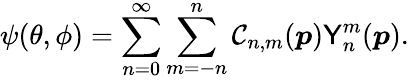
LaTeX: \psi(\theta,\phi)=\sum_{n=0}^{\infty}\sum_{m=-n}^{n}\mathcal{C}_{n,m}(\boldsymbol{p})\mathsf{Y}_{n}^{m}(\boldsymbol{p}).